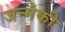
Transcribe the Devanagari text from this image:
जन्मेकी